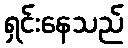
ရှင်းနေသည်